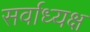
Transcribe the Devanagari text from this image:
सर्वाध्यक्ष